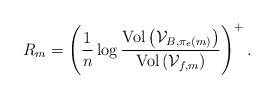
LaTeX: \begin{align*}R_{m}=\left(\frac{1}{n}\log\frac{\textrm{Vol}\left(\mathcal{V}_{B,\pi_{e}\left(m\right)}\right)}{\textrm{Vol}\left(\mathcal{V}_{f,m}\right)}\right)^{+}.\end{align*}